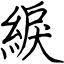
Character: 綟